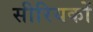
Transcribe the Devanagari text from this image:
सीरियकों